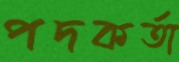
পদকর্তা